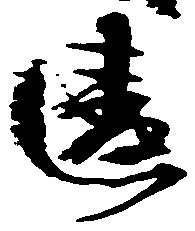
違